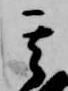
其